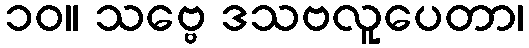
၁၀။ သဗ္ဗေ ဒသဗလူပေတာ၊